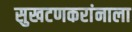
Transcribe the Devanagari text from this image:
सुखटणकरांनाला